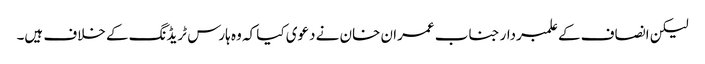
لیکن انصاف کے علمبردار جناب عمران خان نے دعوی کیا کہ وہ ہارس ٹریڈنگ کے خلاف ہیں۔